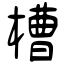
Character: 槽